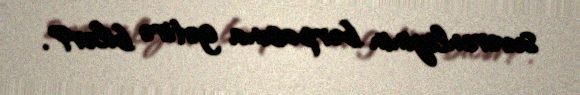
suverenliyinin bərpasına gətirə bilər?.